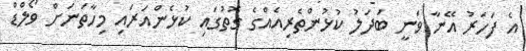
އެ ފަހަރު އޭނާ ވަނީ ބަދަލު ކުޅުންތެރިއެއްގެ ގޮތުގައި ކުޅެންއަރައި މިހާތަނަށް ވޯލްޑް